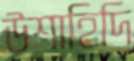
উশাহিদি